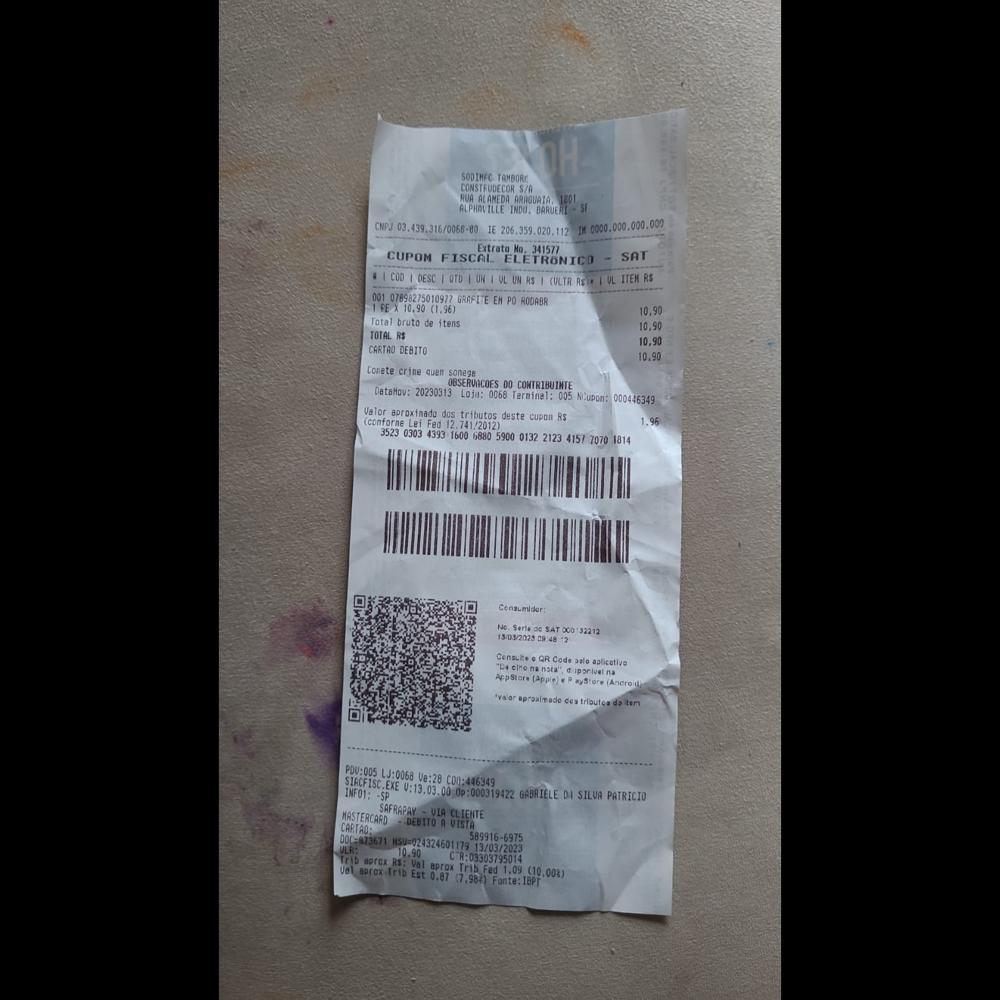
SODIMFC TAMBORT CONSTRUDECOR S/A RUA ALAMEDA ARRGUAIA, 1201 ALPHAVILLE INDO. BARUERI Extrata Mo. 341577 CN00.09.316/066-00 IE 206.359.020.112 IM 0000.000.000.002 CUPOM FISCAL ELETRONICO SAT ICOD LOESC TOTD LUN VL UN RS (VLTR RCE VL ITENRS 001 07898275010977 GRAFITE EH PO RODABR 1FEX 10,90 (1.96) Totalbruto de itens TOTAL RS CARTAO DEBITO Conete crine quen sonege OBSERVACOES 00 COMTRIBUINTE DataMov: 20230313 Loja: 0068 Terminal: 005 Nupont 000446349 Valor aproxinado dos tributos deste cupon RS (conforne Lei Fed 12.741/2012) 3523 0303 4393 1600 6880 5900 0132 2123 415770701814 10.90 10,90 10,90 10.90 Cenaumider: No. Serlede SAT00032212 13032023 a 4812 Censutee QR Code pelo aplicative "Pi cino nat nata" diporivelna Arpstors (Appie wstore (Ancroidin "vaor aproximade ces triouteadsten PDU:005 LJ:0068 Ve:28 C00:446349 STACFISC.EXE VIA CLIENTE DEBITO A VISTA ESTEGATNAEIT CARTAO: 00C:873671 50-024324601179 589916-6975 0.90 13/03/2023 Trib aprox RS: Val aprox. H:03303795014 Tris Val aprex.trib Est 0.87 Fed 1.09 (10.008) (7.984) Fonte:IBPT INFO1: SP 113.0.0.0-0031942 GABRIELE DI SILVA PATRICIO